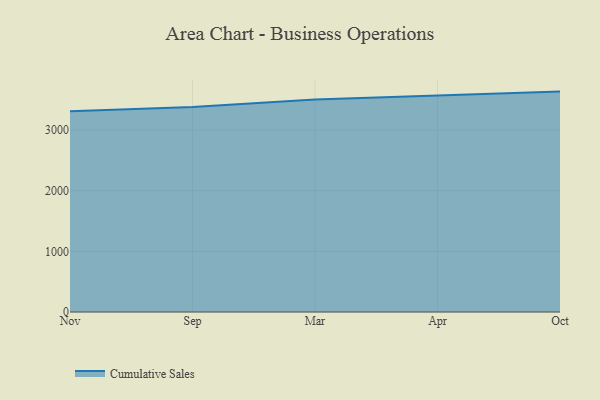
{"axis": {"x": "Month", "y": "Page Views"}, "legend": ["Cumulative Sales"], "data": [{"x": "Nov", "y": 3310.7, "type": "Cumulative Sales"}, {"x": "Sep", "y": 3380.8, "type": "Cumulative Sales"}, {"x": "Mar", "y": 3502.8, "type": "Cumulative Sales"}, {"x": "Apr", "y": 3567.4, "type": "Cumulative Sales"}, {"x": "Oct", "y": 3633.0, "type": "Cumulative Sales"}]}